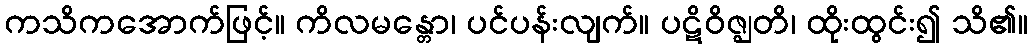
ကသိကအောက်ဖြင့်။ ကိလမန္တော၊ ပင်ပန်းလျက်။ ပဋိဝိဇ္ဈတိ၊ ထိုးထွင်း၍ သိ၏။